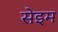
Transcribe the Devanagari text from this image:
सेइम